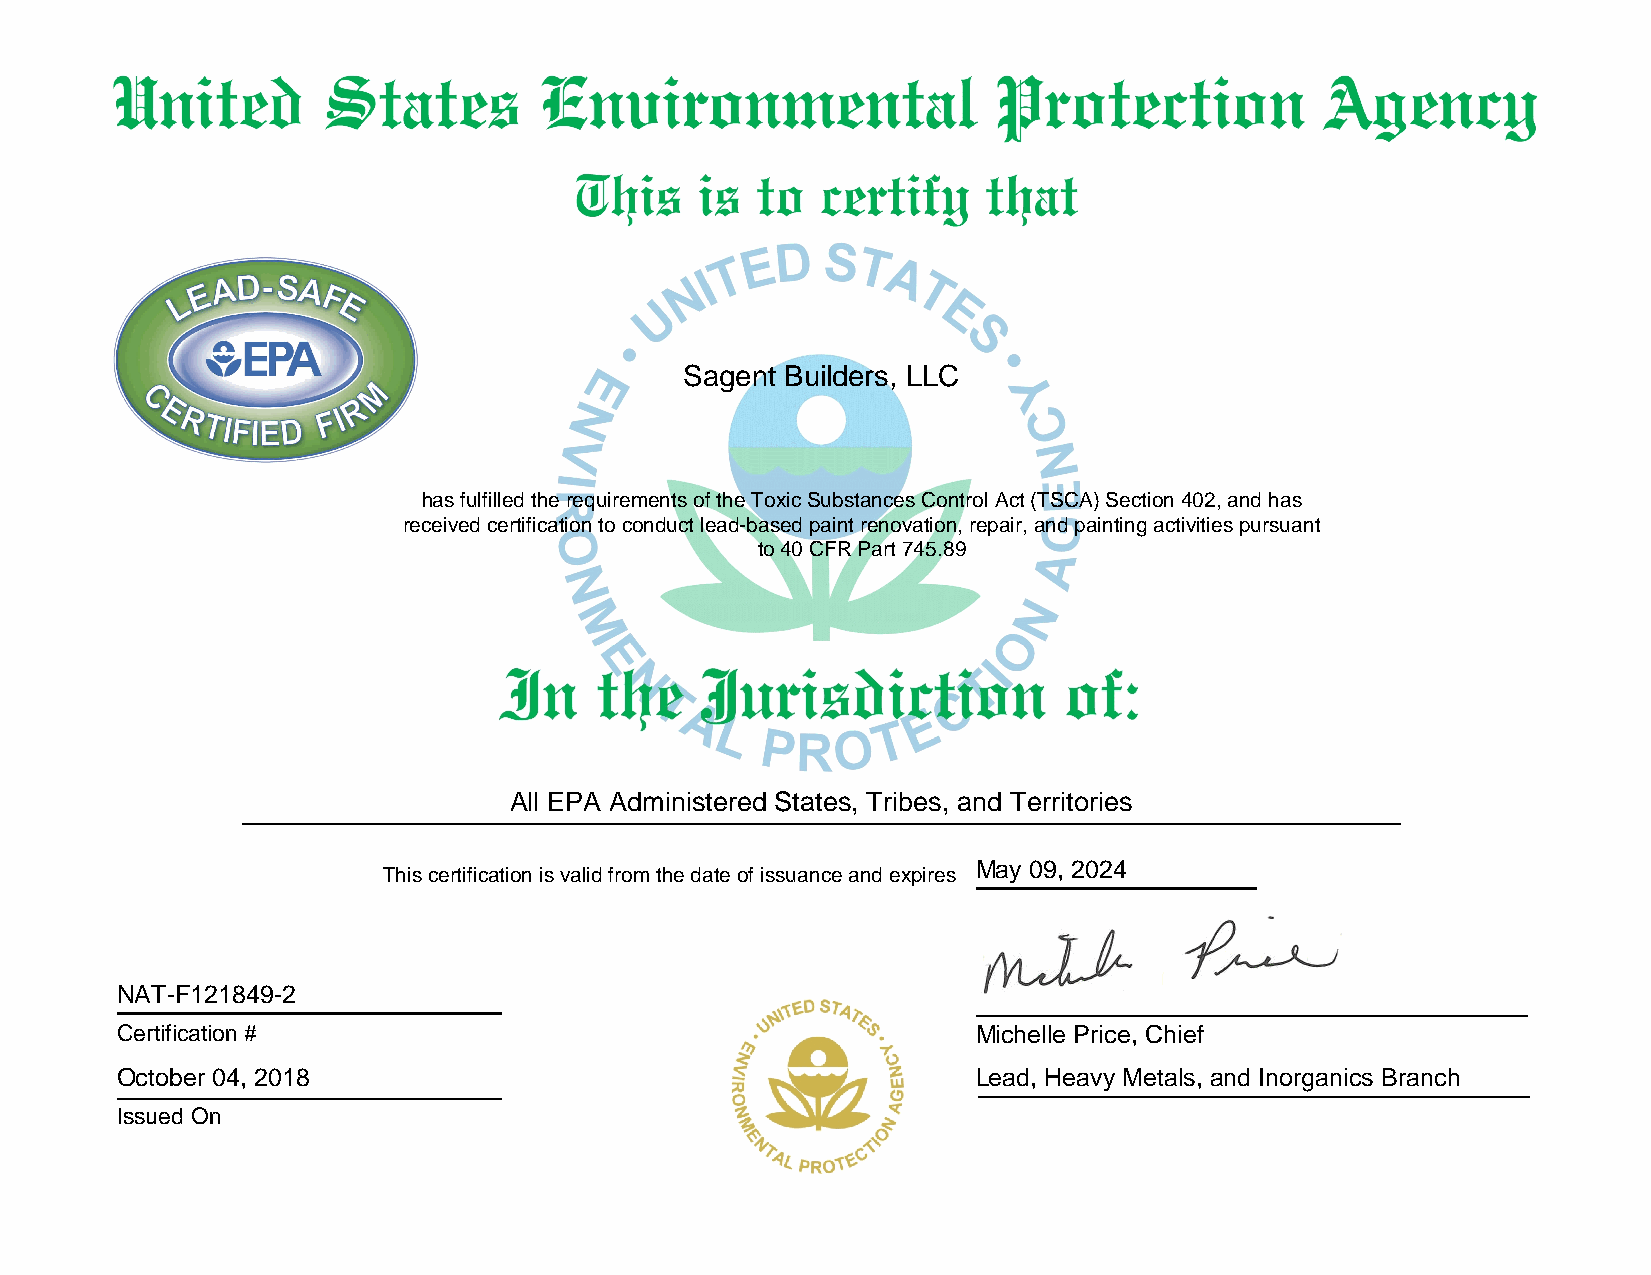
Sagent Builders, LLC
 has fulfilled the requirements of the Toxic Substances Control Act (TSCA) Section 402, and has
 received certification to conduct lead-based paint renovation, repair, and painting activities pursuant
 to 40 CFR Part 745.89
 All EPA Administered States, Tribes, and Territories
 May 09, 2024
 This certification is valid from the date of issuance and expires
 NAT-F121849-2
 Certification #                                          Michelle Price, Chief
 October 04, 2018                                         Lead, Heavy Metals, and Inorganics Branch
 Issued On